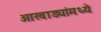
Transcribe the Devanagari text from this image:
आखाड्यांमध्ये